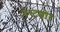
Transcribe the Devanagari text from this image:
वेस्टशोर